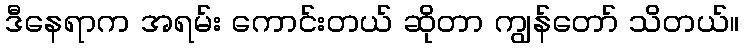
ဒီနေရာက အရမ်း ကောင်းတယ် ဆိုတာ ကျွန်တော် သိတယ်။